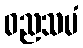
ဓညသမံ